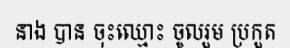
នាង បាន ចុះឈ្មោះ ចូលរួម ប្រកួត